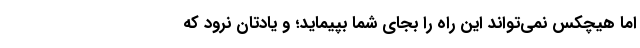
اما هیچکس نمی‌تواند این راه را بجای شما بپیماید؛ و یادتان نرود که